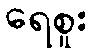
ရေစူး